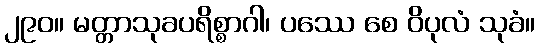
၂၉၀။ မတ္တာသုခပရိစ္စာဂါ၊ ပဿေ စေ ဝိပုလံ သုခံ။